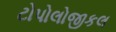
ટોપોલોજીકલ